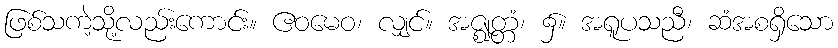
ဖြစ်သကဲ့သို့လည်းကောင်း။ ဧဝမေဝ၊ လျှင်။ အဇ္ဈတ္တံ၊ ၌။ အရူပသညီ၊ ဆံအစရှိသော